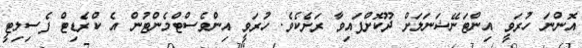
އޮންނަ ހުރަވީ އިންޓަނޭޝަނަލަށް ދޫކޮށްފައިވާ ރަށެކެވެ. ހުރަވީ އިންވެސްޓްމެންޓުން އެ ކްރެޑިޓް ފެސިލިޓީ